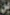
بن